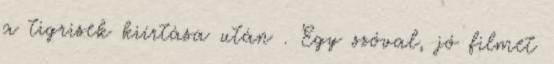
a tigrisek kiírtása után . Egy szóval, jó filmet